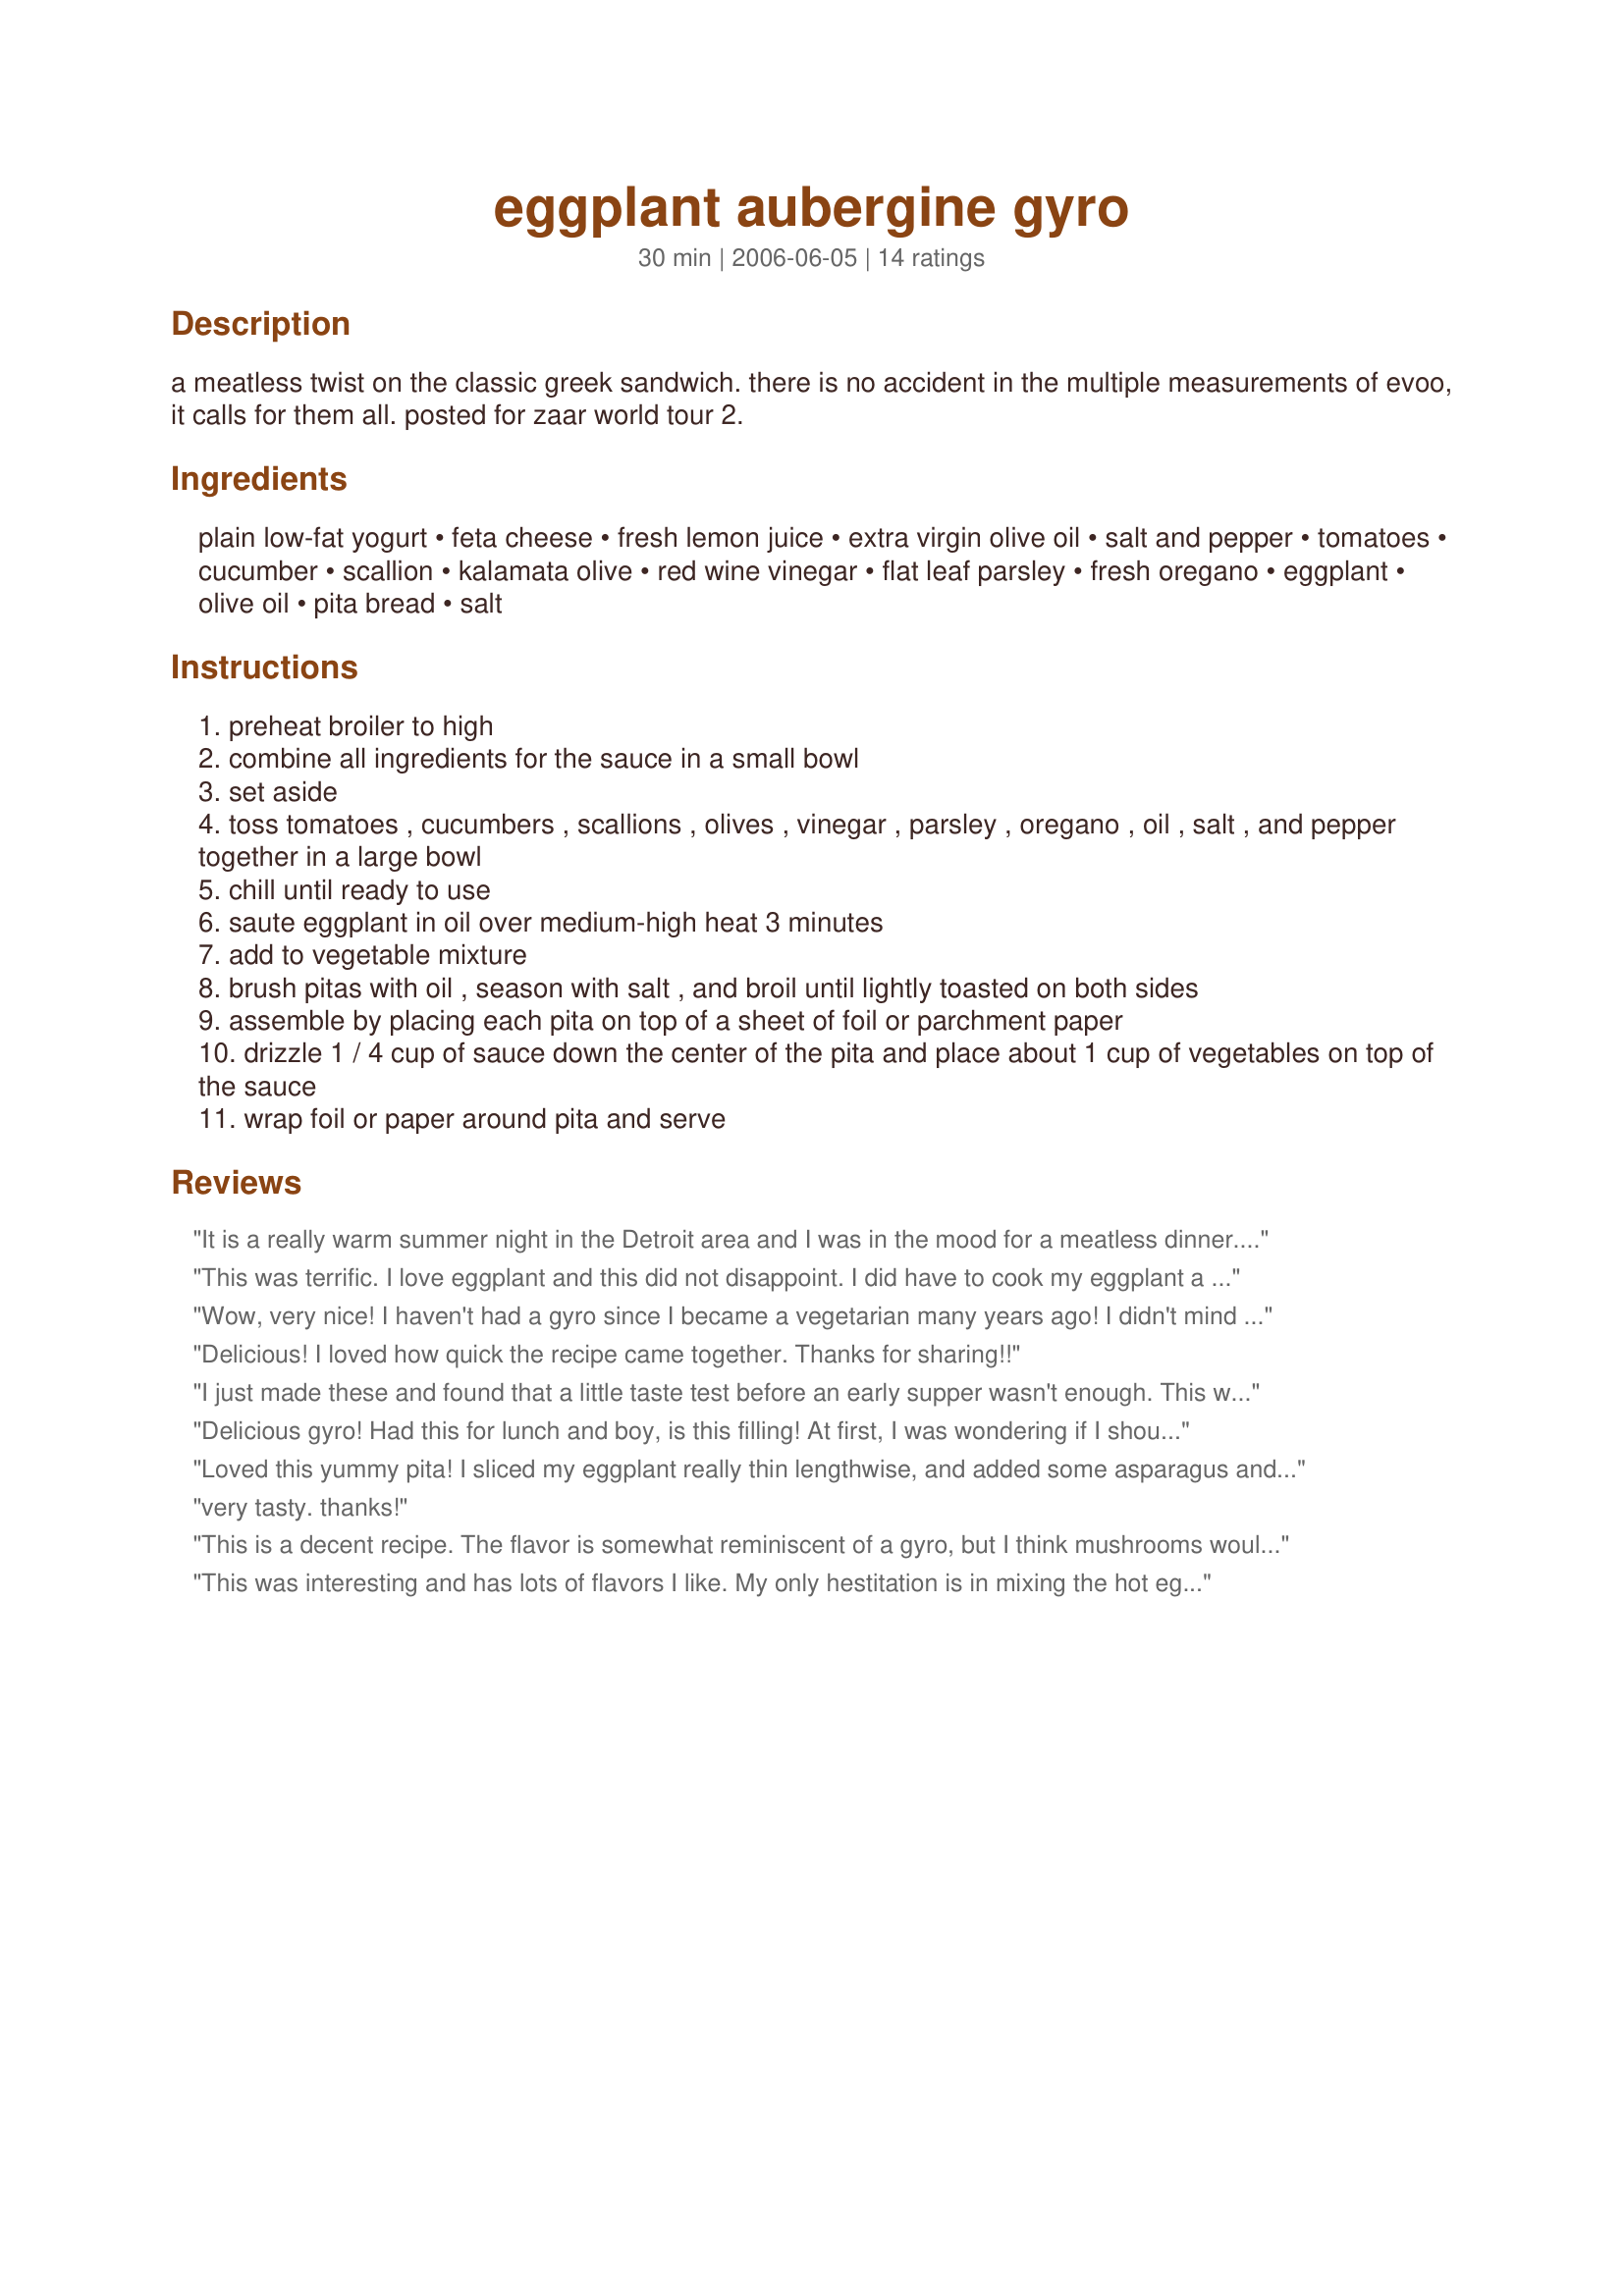
eggplant aubergine gyro
Preparation time: 30 minutes

a meatless twist on the classic greek sandwich. there is no accident in the multiple measurements of evoo, it calls for them all. posted for zaar world tour 2.

Ingredients:
plain low-fat yogurt, feta cheese, fresh lemon juice, extra virgin olive oil, salt and pepper, tomatoes, cucumber, scallion, kalamata olive, red wine vinegar, flat leaf parsley, fresh oregano, eggplant, olive oil, pita bread, salt

Steps:
preheat broiler to high
combine all ingredients for the sauce in a small bowl
set aside
toss tomatoes , cucumbers , scallions , olives , vinegar , parsley , oregano , oil , salt , and pepper together in a large bowl
chill until ready to use
saute eggplant in oil over medium-high heat 3 minutes
add to vegetable mixture
brush pitas with oil , season with salt , and broil until lightly toasted on both sides
assemble by placing each pita on top of a sheet of foil or parchment paper
drizzle 1 / 4 cup of sauce down the center of the pita and place about 1 cup of vegetables on top of the sauce
wrap foil or paper around pita and serve

Reviews:
It is a really warm summer night in the Detroit area and I was in the mood for a meatless dinner. These gyros really hit the spot. They were not difficult to prepare and the sandwiches tasted really fresh and delicious. I loved how the veggies are tossed in a red wine vinegar sauce. The only changes I made were to omit the foil wrap and we grilled the pitas so as not to heat up the stove. This worked really well. Also, while the recipe called for a large eggplant, mine must have been really large as my filling will easily stuff 8 pitas (DH and I each consumed one and split one and I have plenty leftover), which I am looking forward to having for lunch tomorrow. I will definitely make these gyros again. Thanks for posting. Made for Zingo ZWT6.
This was terrific. I love eggplant and this did not disappoint. I did have to cook my eggplant a little longer, since I cubed it a little larger. Great flavor. I will make this often. Thanks for sharing the recipe. Made for ZWT6.
Wow, very nice! I haven't had a gyro since I became a vegetarian many years ago! I didn't mind at all that the eggplant was warm and veggies cold. Isn't that the way gyros are supposed to be? The only drawback to gyros is that they are messy to eat. I guess I just don't have the wrapping technique down pat yet. I made this as written except the only EVOO step was when I lightly brushed the eggplants with it. I also sliced and baked them in the oven for 15 minutes instead of sauteeing. Oh, and I used low-fat feta. This was a real easy and tasty supper. BF gave this high marks too. I will be making this again:D Thanks!
Delicious! I loved how quick the recipe came together. Thanks for sharing!!
I just made these and found that a little taste test before an early supper wasn't enough. This was so good, and the effort is well worth it. I will be making these again!
Delicious gyro! Had this for lunch and boy, is this filling! At first, I was wondering if I should slice the pita open like in a falafel but looking at gyro pics made me think otherwise. :D Just to be sure, I salted out the eggplant to remove any bitterness. Thanks for posting this!
Loved this yummy pita! I sliced my eggplant really thin lengthwise, and added some asparagus and a few artichoke hearts. Then I topped it off with provolone cheese....yummy!!! Made for Zingo by an Unruly. Thanks for sharing.
very tasty. thanks!
This is a decent recipe. The flavor is somewhat reminiscent of a gyro, but I think mushrooms would be a better fit than eggplant in this dish. It was easy to put together and overall a healthy recipe. Thanks for posting.
This was interesting and has lots of flavors I like. My only hestitation is in mixing the hot eggplant with the other (cold) veggies. I think next time I might use the eggplant to make a warm spread and top with the veggies or grill the eggplant in long slices to sub for meat. The sauce was really good with this. Thanks Lori!
I liked this and my husband even liked it (he hates eggplant!). The kids only liked it without the dressing. I have a feeling that the leftovers will taste even better since the veggies will have time to soak up the other flavors. I think next time I will make it ahead and let it sit for about an hour for the flavors to blend better. I think the feta was the key to making this recipe really work. Will definitely make this again. Very easy to put together and made mostly of fresh veggies which is always good! Thanks for the recipe!
Loved it! Husband liked it. We will have it again. Made for team SSaSSy ZWT6 ZINGO.
Boy, these were yummy! I did throw the peppers in with the eggplant and sauteed them together. I also threw some oregano and garlic in with them. I could eat the fresh veggie topping all on it&#039;s own! I&#039;ll definitely make this again!
LOVED these!! I would give these way more than 5 stars if I could! Used 3 baby eggplant, nonfat Greek yogurt in the sauce, brown tomatoes (Kumato), and packaged naan from Costco for the pita bread. I left the veggie mixture (pre-eggplant) out at room temp while I cooked the eggplant and heated up the naan, so the heat of the eggplant and bread warmed up all the veggies. I'll definitely be making these again, thanks for posting! :) Made for The Queens of Quisine for ZWT6
